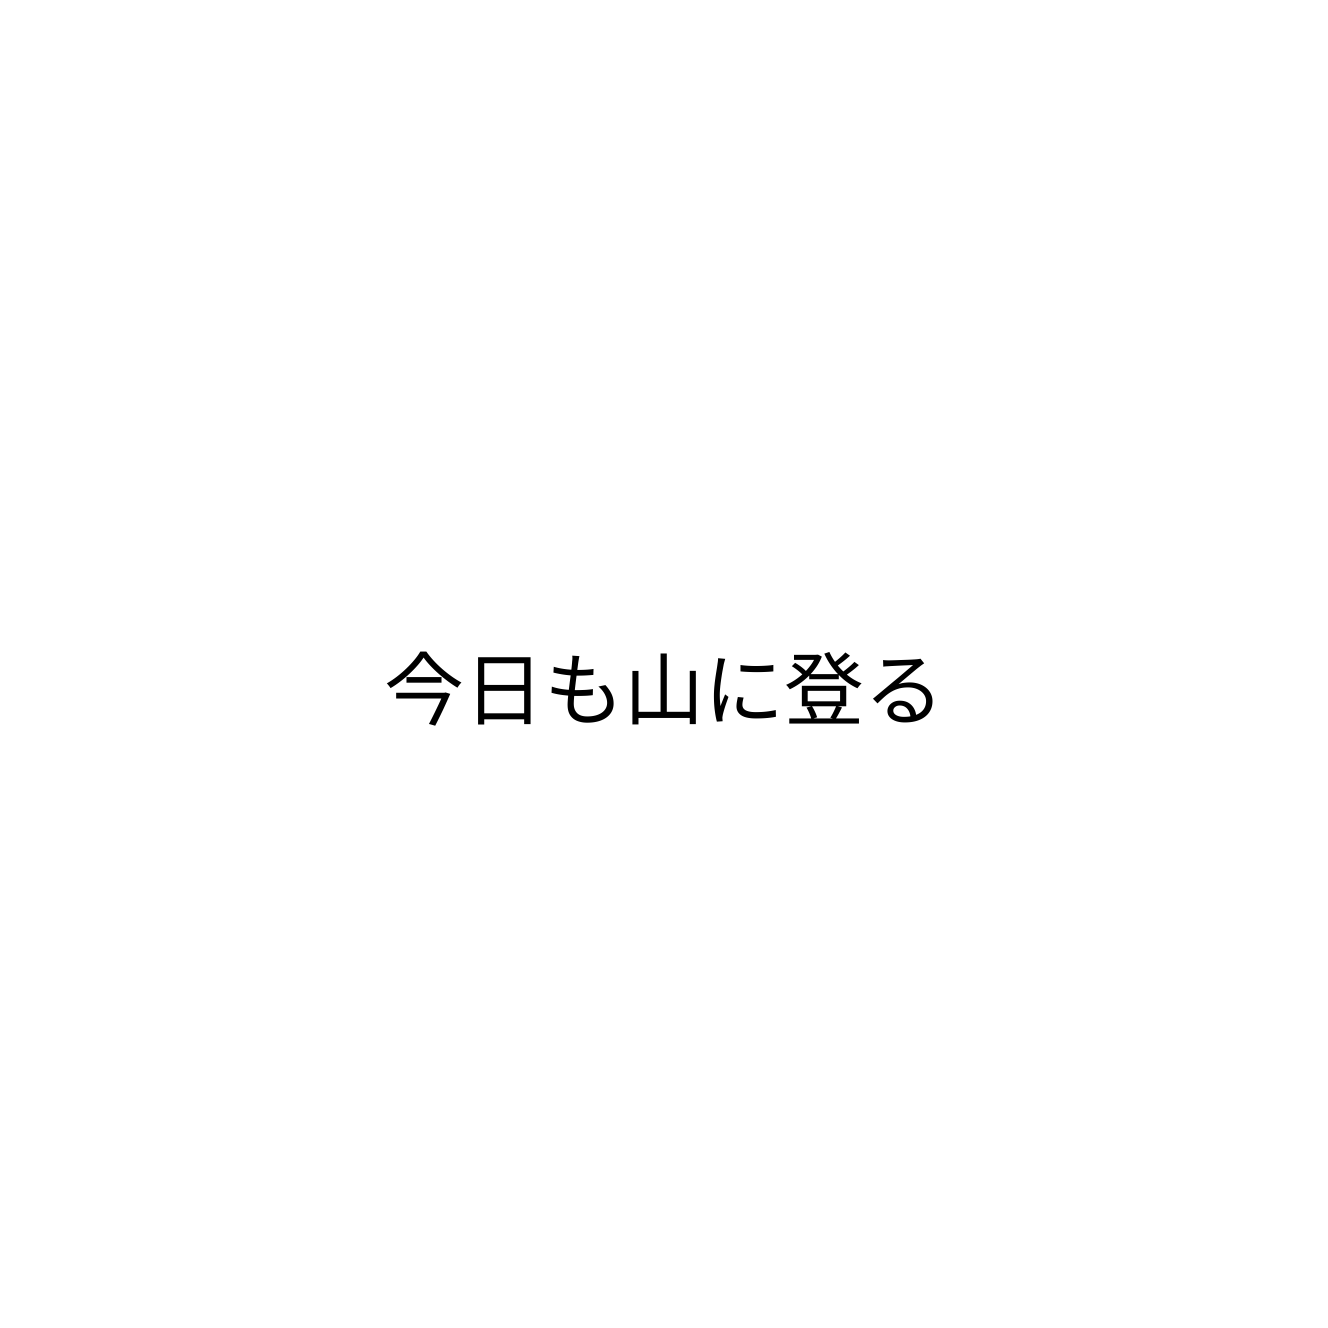
今日も山に登る